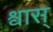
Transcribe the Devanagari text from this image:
श्वास्